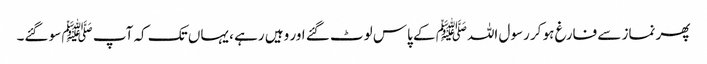
پھر نماز سے فارغ ہو کر رسول اللہﷺ کے پاس لوٹ گئے اور وہیں رہے ، یہاں تک کہ آپ ﷺ سو گئے۔